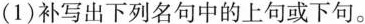
(1)补写出下列名句中的上句或下句。